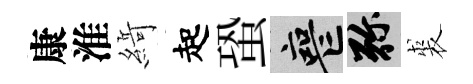
康淮𦂶起蛩喪弥裘